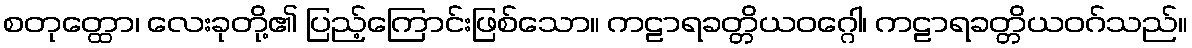
စတုတ္ထော၊ လေးခုတို့၏ ပြည့်ကြောင်းဖြစ်သော။ ကဠာရခတ္တိယဝဂ္ဂေါ၊ ကဠာရခတ္တိယဝဂ်သည်။